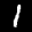
Label: 1